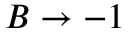
B \rightarrow - 1